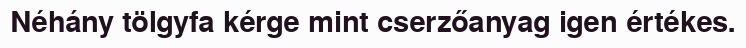
Néhány tölgyfa kérge mint cserzőanyag igen értékes.